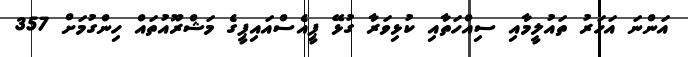
އަންނަ އަހަރު ތައުލީމާއި ސިއްހަތާއި ކުޅިވަރާ ގުޅޭ ޕީއެސްއައިޕީގެ މަޝްރޫއުތައް ހިންގުމަށް 357